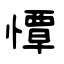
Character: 憛